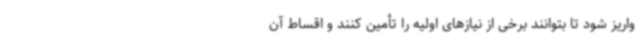
واریز شود تا بتوانند برخی از نیازهای اولیه را تأمین کنند و اقساط آن